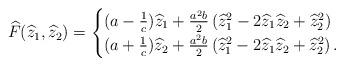
LaTeX: \begin{align*}\widehat{F}(\widehat{z}_1,\widehat{z}_2)=\begin{cases} (a-\frac{1}{c})\widehat{z}_1 +\frac{a^2b}{2} \left( \widehat{z}_1^2-2\widehat{z}_1\widehat{z}_2+\widehat{z}_2^2 \right) \\(a+\frac{1}{c})\widehat{z}_2 +\frac{a^2b}{2} \left( \widehat{z}_1^2-2\widehat{z}_1\widehat{z}_2+\widehat{z}_2^2 \right).\end{cases}\end{align*}